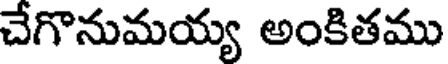
చేగొనుమయ్య అంకితము